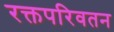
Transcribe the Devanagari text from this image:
रक्तपरिवतन